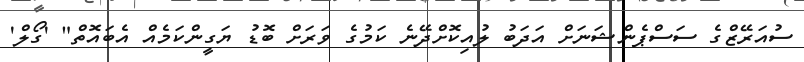
ސުއަރޭޒްގެ ސަސްޕެންޝަނަށް އަދަބު ލުއިކޮށްދޭނެ ކަމުގެ ވަރަށް ބޮޑު ޔަގީންކަމެއް އެބައޮތް" 'ގޯލް'